Newspaper: The Anderson intelligencer. [volume]
Place of publication: Anderson Court House, S.C.
Publisher: J.C.C. Featherston and James A. Hoyt
Date: 1860-11-29 00:00:00
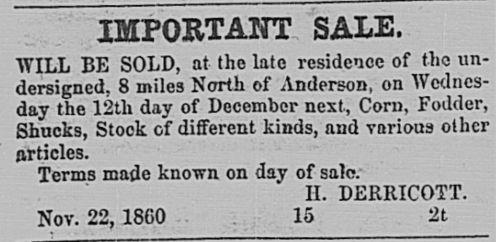
Advertisement text (OCR):
IMPORTANT SALE. WILL BE SOLD, at the late residence of the un? dersigned, 8 miles North of Anderson, on Wednes? day the 12th day of December next, Corn, Fodder, Shucks, Stock of different kinds, and various articles. Terms made known on day of sale. II. DERRICOTT. Nov. 22, 1860 15 2t
Label: text-only